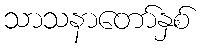
သာသနာတော်နှစ်